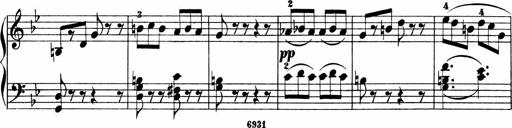
Title: 2 instructive Sonatinen
Composer: Paul Schumacher